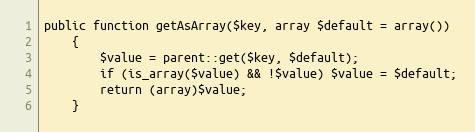
Language: PHP
public function getAsArray($key, array $default = array())
    {
        $value = parent::get($key, $default);
        if (is_array($value) && !$value) $value = $default;
        return (array)$value;
    }